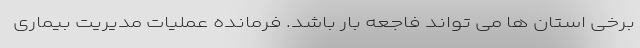
برخی استان ها می تواند فاجعه بار باشد. فرمانده عملیات مدیریت بیماری